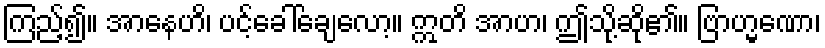
ကြည့်၍။ အာနေဟိ၊ ပင့်ခေါ်ချေလော့။ ဣတိ အာဟ၊ ဤသို့ဆို၏။ ဗြာဟ္မဏော၊